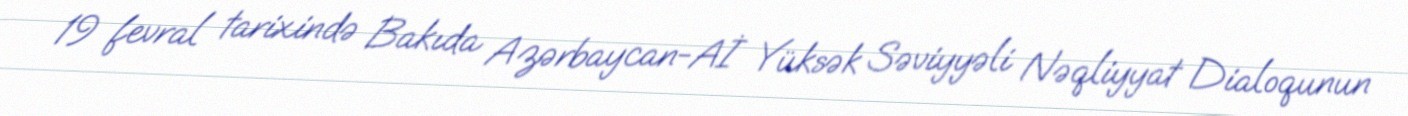
19 fevral tarixində Bakıda Azərbaycan-Aİ Yüksək Səviyyəli Nəqliyyat Dialoqunun